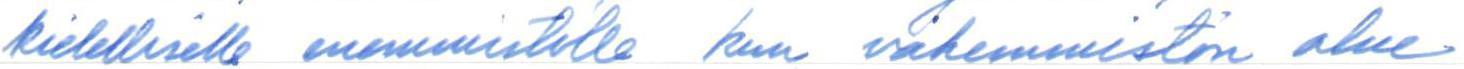
kielelliselle enemmistölle, kun vähemmistön alue